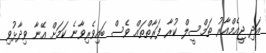
އަދި ޖީއެމްއާރު ތަމްސީލް ކުރާ ފަރާތްތައް ވެސް ބައިވެރިވާނެ ކަމަށް އޭނާ ވިދާޅުވި